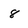
Character: 8